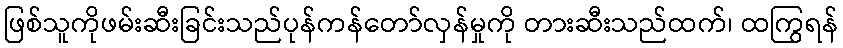
ဖြစ်သူကိုဖမ်းဆီးခြင်းသည်ပုန်ကန်တော်လှန်မှုကို တားဆီးသည်ထက်၊ ထကြွရန်